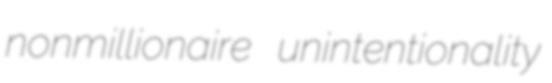
nonmillionaire unintentionality